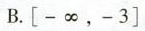
B.$$\left[-∞，-3\right]$$